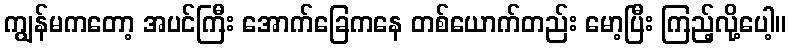
ကျွန်မကတော့ အပင်ကြီး အောက်ခြေကနေ တစ်ယောက်တည်း မော့ပြီး ကြည့်လို့ပေါ့။